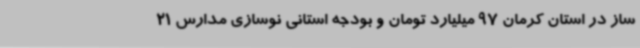
ساز در استان کرمان 97 میلیارد تومان و بودجه استانی نوسازی مدارس 21